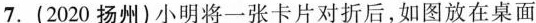
7.(2020扬州)小明将一张卡片对折后，如图放在桌面